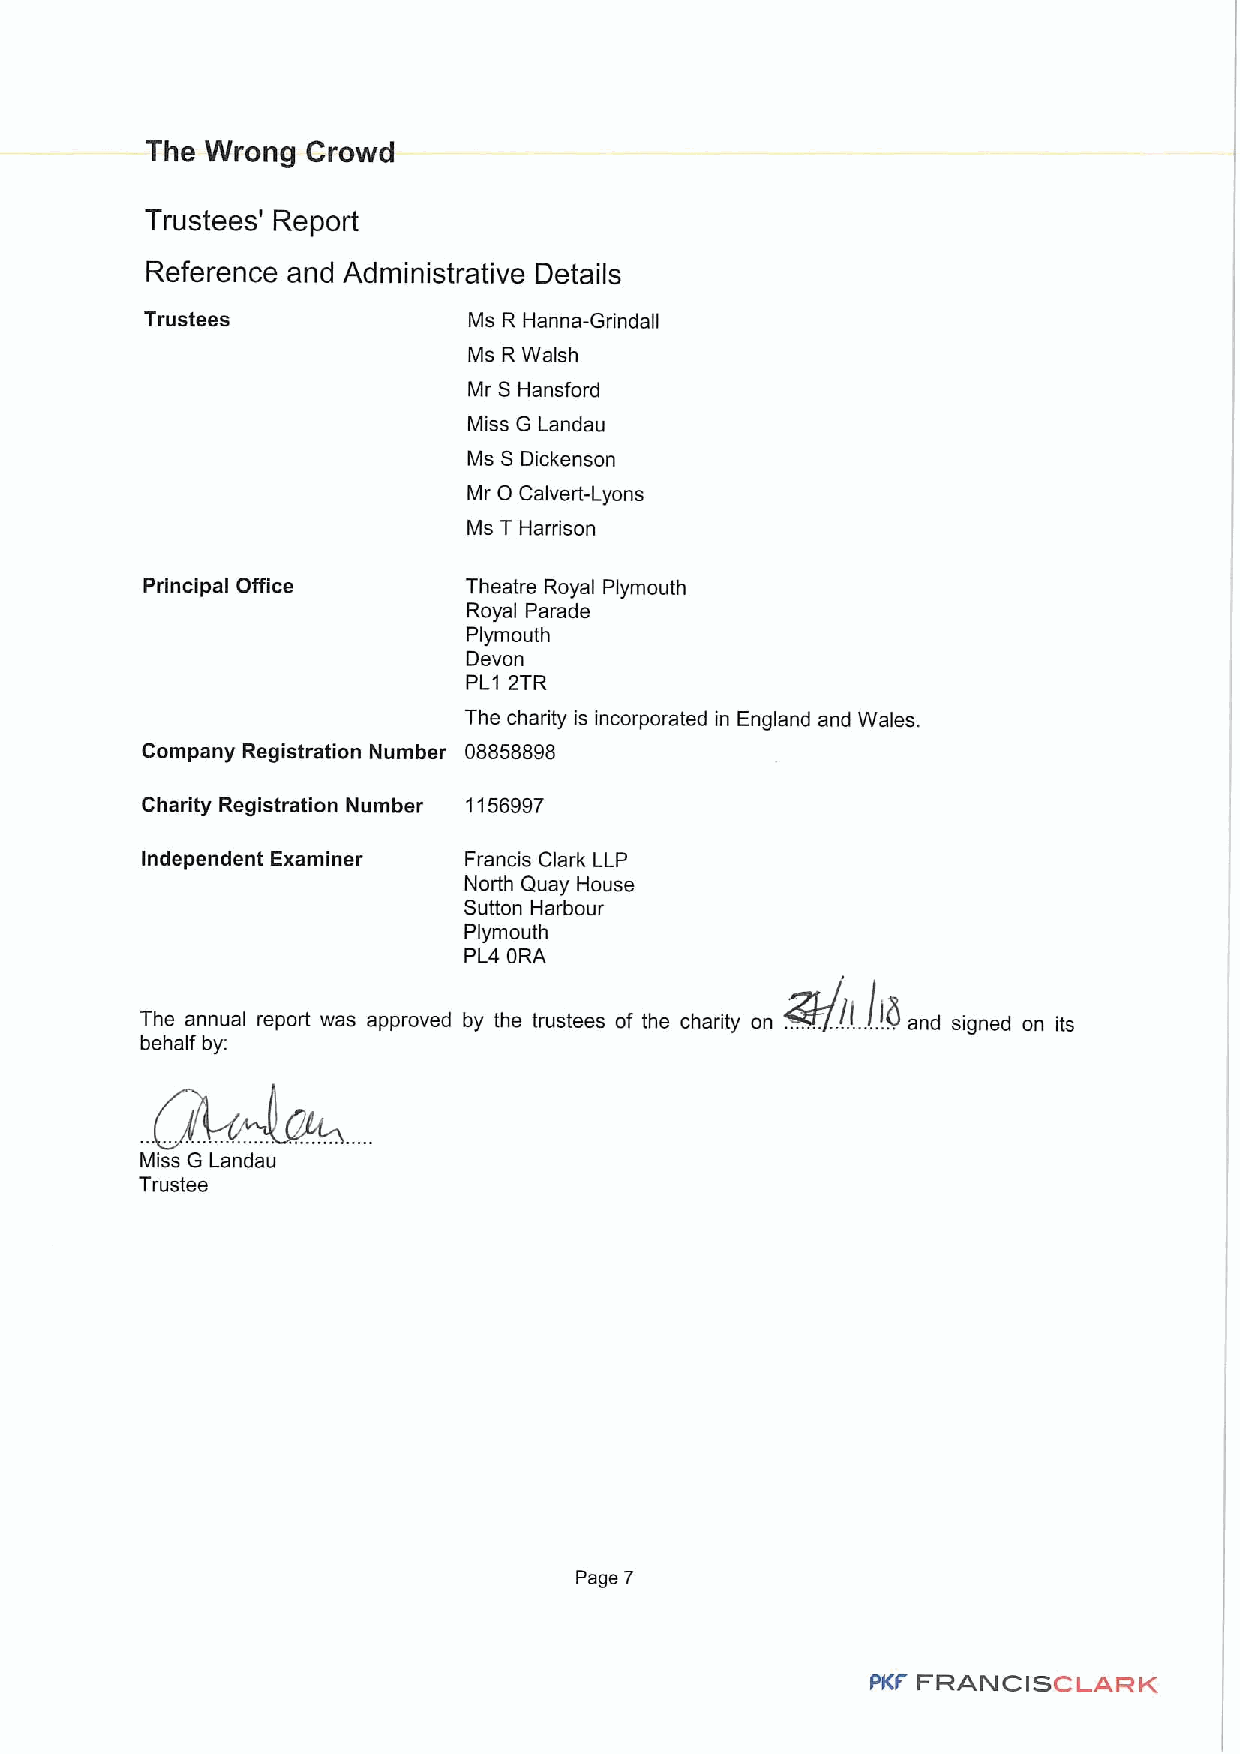
The Wrong Crowd
 Trustees' Report
 Reference and Administrative Details
 Trustees             Ms R Hanna-Grindall
 Ms R Walsh
 Mr S Hansford
 Miss G Landau
 Ms S Dickenson
 0
 Mr Calvert-Lyons
 Ms T Harrison
 Principal Office      Theatre Royal Plymouth
 Royal Parade
 Plymouth
 Devon
 PL1 2TR
 The charity is incorporated in England and Wales.
 Company Registration Number 08858898
 Charity Registration Number 1156997
 Independent Examiner  Francis Clark LLP
 North Quay House
 Sutton Harbour
 Plymouth
 PL4 ORA
 re                                Z7II!g
 Th     I        rr  dtyth t t   fth  h sty           r g d
 behalf by:
 Miss G Landau
 Trustee
 Page 7
 PKF FRANCISCLARK